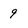
Character: 9